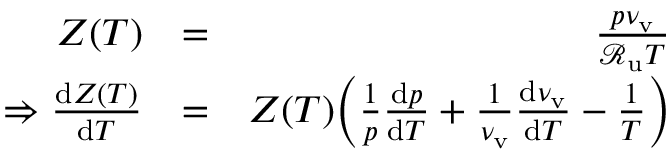
\begin{array} { r l r } { Z ( T ) } & { = } & { \frac { p \nu _ { \mathrm { v } } } { \mathcal { R } _ { \mathrm { u } } T } } \\ { \Rightarrow \frac { \mathrm { d } Z ( T ) } { \mathrm { d } T } } & { = } & { Z ( T ) \bigg ( \frac { 1 } { p } \frac { \mathrm { d } p } { \mathrm { d } T } + \frac { 1 } { \nu _ { \mathrm { v } } } \frac { \mathrm { d } \nu _ { \mathrm { v } } } { \mathrm { d } T } - \frac { 1 } { T } \bigg ) } \end{array}